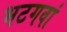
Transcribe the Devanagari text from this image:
भटगवां